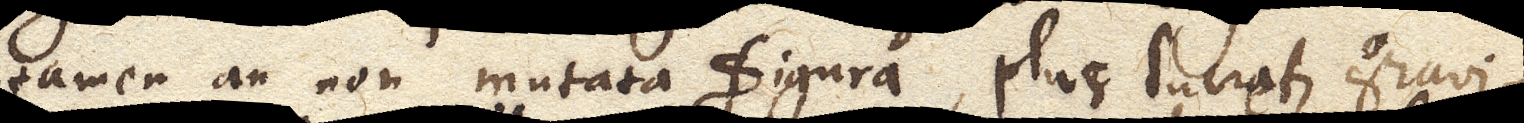
tamen an non mutata figura, plus lucretur gravi